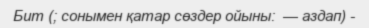
Бит (; сонымен қатар сөздер ойыны:  — аздап) -